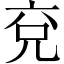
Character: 兗